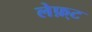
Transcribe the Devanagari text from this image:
लेफ़्ट